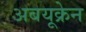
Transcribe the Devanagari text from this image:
अबयूक्रेन